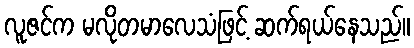
လူဇင်က မလိုတမာလေသံဖြင့် ဆက်ရယ်နေသည်။